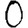
Digit: 0